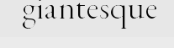
giantesque